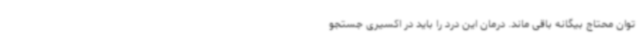
توان محتاج بیگانه باقی ماند. درمان این درد را باید در اکسیری جستجو